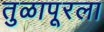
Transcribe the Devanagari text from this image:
तुळापूरला